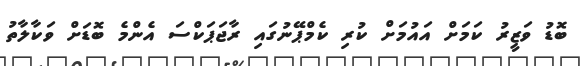
ބޮޑު ވަޒީރު ކަމަށް އައުމަށް ކުރި ކެމްޕޭނުގައި ރާޖަޕަކްސަ އެންމެ ބޮޑަށް ވަކާލާތު